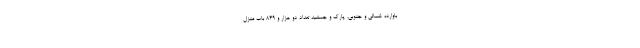
باوارده شمالی و جنوبی، پارک و جمشید تعداد دو هزار و ۸۴۹ باب منزل